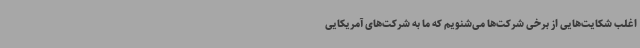
اغلب شکایت‌هایی از برخی شرکت‌ها می‌شنویم که ما به شرکت‌های آمریکایی